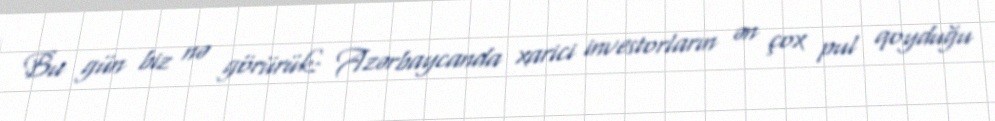
Bu gün biz nə görürük: Azərbaycanda xarici investorların ən çox pul qoyduğu